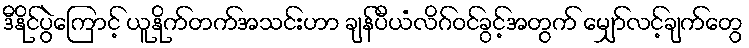
ဒီနိုင်ပွဲကြောင့် ယူနိုက်တက်အသင်းဟာ ချန်ပီယံလိဂ်ဝင်ခွင့်အတွက် မျှော်လင့်ချက်တွေ